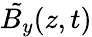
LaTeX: \tilde{B_{y}}(z,t)